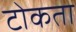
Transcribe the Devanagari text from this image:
टोकता